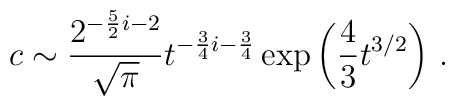
c\sim {2^{-{5\over 2}i-2}\over \sqrt{\pi}} t^{-{3\over 4}i - {3\over 4}}\exp\left({4\over 3} t^{3/2}\right)\, .